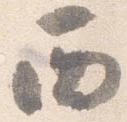
西